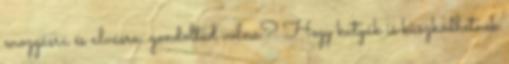
mozgásra és alvásra. gondoltad volna? Hogy kutyák is küszködhetnek